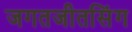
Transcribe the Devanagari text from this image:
जगतजीतसिंग